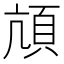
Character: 頏